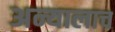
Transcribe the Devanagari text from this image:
अन्यालाच